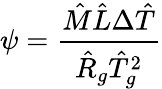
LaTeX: \psi=\frac{\hat{M}\hat{L}\Delta\hat{T}}{\hat{R}_{g}\hat{T}_{g}^{2}}